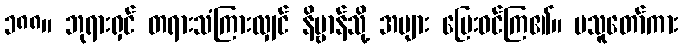
၁၈၈။ ဘုရားရှင် တရားသံကြားလျှင် နိဗ္ဗာန်သို့ အများ ပြေးဝင်ကြ၏။ မသူတော်ကား